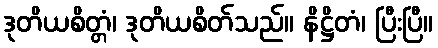
ဒုတိယစိတ္တံ၊ ဒုတိယစိတ်သည်။ နိဋ္ဌိတံ၊ ပြီးပြီ။